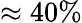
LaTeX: \approx 40\%